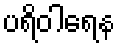
ပရိဝါရေန